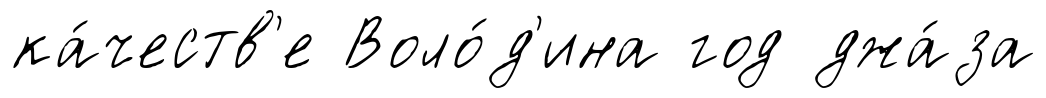
ка́честв'е Воло́д'ина год джа́за